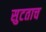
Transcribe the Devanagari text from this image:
सुटताच